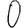
Digit: 0